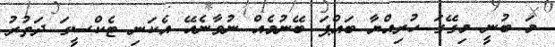
މަ ބުނީ މިގޭގަ ހުރިއްޔާ ބައްޕަ ބޭނުމެއް ނުވާނެއޭ އެކަނި ޓެކްސީގަ ދަތުރު